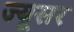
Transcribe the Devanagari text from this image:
ज्यूसर